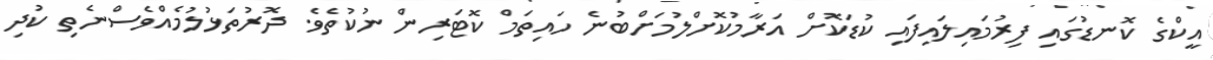
އީކްގެ ކޮނޑުގައި ފިރުމައިލައިފައި ކުޑަކޮށް އަރާމުކޮށްލުމަށްބުނެ ހައިތަމް ކޮޓަރިން ނުކުތެވެ. ދޮރުތަޅުލުމެއްވެސްނެތި ކުދި